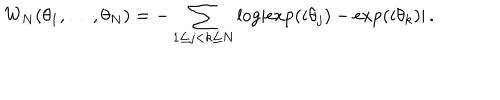
W _ { N } ( \theta _ { 1 } , \ldots , \theta _ { N } ) = - \sum _ { 1 \leq j < k \leq N } \log \left\vert \exp ( i \theta _ { j } ) - \exp ( i \theta _ { k } ) \right\vert \, .